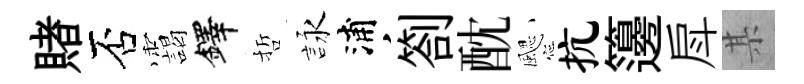
賭否靄鐸哲詠浦劄酖颸抗籩戽某